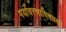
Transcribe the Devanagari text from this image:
पर्यावरणाविषयक